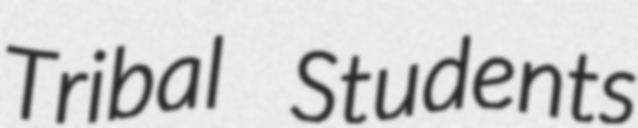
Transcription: Tribal Students